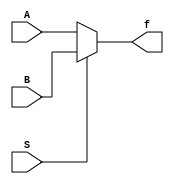
module mux2to1(A,B,S,f);

input A,B,S;
output reg f;

always @(A,B,S)
begin
	if(S==0)
		f=A;
	else
		f=B;
end
endmodule